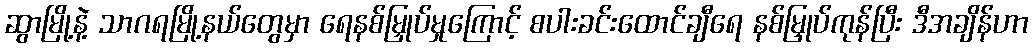
ဆွာမြို့နဲ့ သာဂရမြို့နယ်တွေမှာ ရေနစ်မြှုပ်မှုကြောင့် စပါးခင်းထောင်ချီရေ နစ်မြှုပ်ကုန်ပြီး ဒီအချိန်ဟာ